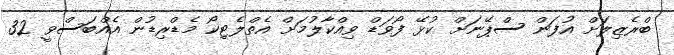
ބްރެޒިލަށް އުފަން ސްޕޭނަށް ކުޅޭ ފޯވަޑް ވިއްކާލުމަށް އެތްލެޓިކޯ މެޑްރިޑުން އެއްބަސްވީ 32